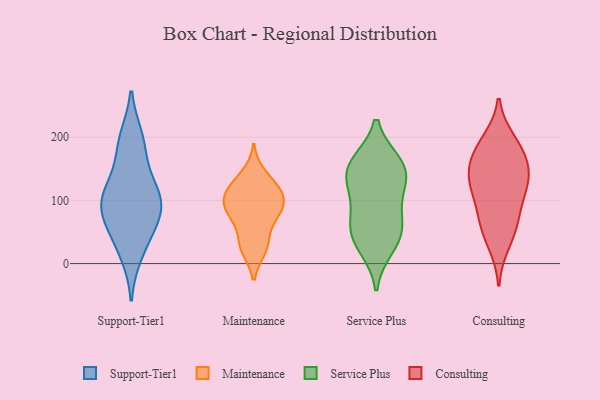
{"axis": {"x": "Energy Usage (MWh)", "y": "Value"}, "legend": ["Consulting", "Maintenance", "Service Plus", "Support-Tier1"], "data": [{"x": "", "y": 94, "type": "Support-Tier1"}, {"x": "", "y": 96, "type": "Support-Tier1"}, {"x": "", "y": 104, "type": "Support-Tier1"}, {"x": "", "y": 64, "type": "Support-Tier1"}, {"x": "", "y": 99, "type": "Support-Tier1"}, {"x": "", "y": 48, "type": "Support-Tier1"}, {"x": "", "y": 16, "type": "Support-Tier1"}, {"x": "", "y": 139, "type": "Support-Tier1"}, {"x": "", "y": 198, "type": "Support-Tier1"}, {"x": "", "y": 187, "type": "Support-Tier1"}, {"x": "", "y": 79, "type": "Maintenance"}, {"x": "", "y": 96, "type": "Maintenance"}, {"x": "", "y": 70, "type": "Maintenance"}, {"x": "", "y": 141, "type": "Maintenance"}, {"x": "", "y": 105, "type": "Maintenance"}, {"x": "", "y": 110, "type": "Maintenance"}, {"x": "", "y": 121, "type": "Maintenance"}, {"x": "", "y": 80, "type": "Maintenance"}, {"x": "", "y": 25, "type": "Maintenance"}, {"x": "", "y": 23, "type": "Maintenance"}, {"x": "", "y": 93, "type": "Maintenance"}, {"x": "", "y": 123, "type": "Maintenance"}, {"x": "", "y": 35, "type": "Maintenance"}, {"x": "", "y": 45, "type": "Service Plus"}, {"x": "", "y": 50, "type": "Service Plus"}, {"x": "", "y": 122, "type": "Service Plus"}, {"x": "", "y": 159, "type": "Service Plus"}, {"x": "", "y": 159, "type": "Service Plus"}, {"x": "", "y": 93, "type": "Service Plus"}, {"x": "", "y": 139, "type": "Service Plus"}, {"x": "", "y": 26, "type": "Service Plus"}, {"x": "", "y": 64, "type": "Service Plus"}, {"x": "", "y": 147, "type": "Service Plus"}, {"x": "", "y": 31, "type": "Consulting"}, {"x": "", "y": 66, "type": "Consulting"}, {"x": "", "y": 157, "type": "Consulting"}, {"x": "", "y": 112, "type": "Consulting"}, {"x": "", "y": 177, "type": "Consulting"}, {"x": "", "y": 81, "type": "Consulting"}, {"x": "", "y": 56, "type": "Consulting"}, {"x": "", "y": 195, "type": "Consulting"}, {"x": "", "y": 123, "type": "Consulting"}, {"x": "", "y": 125, "type": "Consulting"}, {"x": "", "y": 186, "type": "Consulting"}, {"x": "", "y": 140, "type": "Consulting"}, {"x": "", "y": 149, "type": "Consulting"}]}